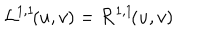
{ \cal L } ^ { 1 , 1 } \! ( u , v ) = { \cal R } ^ { 1 , 1 } \! ( u , v )